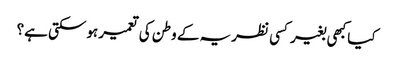
کیا کبھی بغیر کسی نظریہ کے وطن کی تعمیر ہوسکتی ہے؟